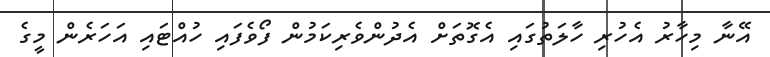
އޭނާ މިހާރު އެހުރި ހާލަތުގައި އެގޮތަށް އެދުންވެރިކަމުން ފޯވެފައި ހުއްޓައި އަހަރެން މީގެ